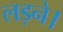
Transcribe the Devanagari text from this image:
लड़ने।